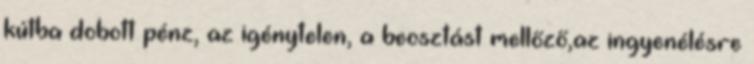
kútba dobott pénz, az igénytelen, a beosztást mellőző,az ingyenélésre